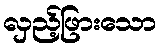
လှည့်ဖြားသော